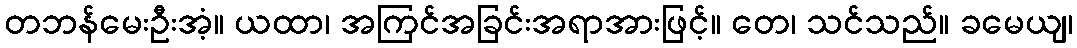
တဘန်မေးဦးအံ့။ ယထာ၊ အကြင်အခြင်းအရာအားဖြင့်။ တေ၊ သင်သည်။ ခမေယျ၊